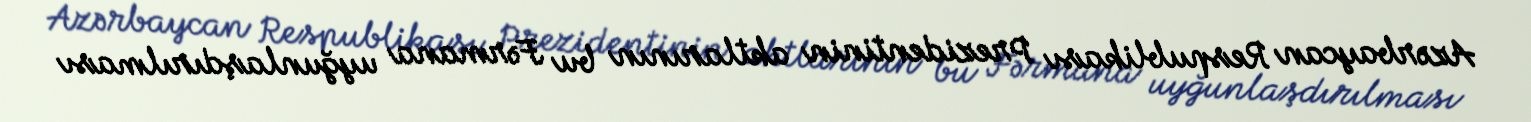
Azərbaycan Respublikası Prezidentinin aktlarının bu Fərmana uyğunlaşdırılması